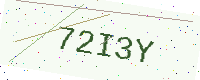
Text: 72I3Y